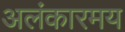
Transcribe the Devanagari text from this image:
अलंकारमय